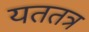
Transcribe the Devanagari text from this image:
यततत्र